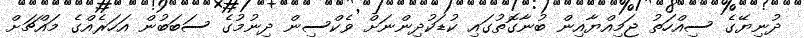
ދުނިޔޭގެ ސިއްހަތު ޖަމިއްޔާއިން ބުނާގޮތުގައި ކުޑަކުދިންނަށް ވެކްސިން ދިނުމުގެ ސަބަބުން އަހަރެއްގެ މައްޗަށް